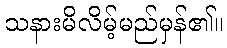
သနားမိလိမ့်မည်မှန်၏။